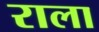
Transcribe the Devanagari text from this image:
राला